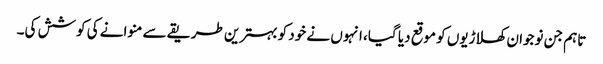
تاہم جن نوجوان کھلاڑیوں کو موقع دیا گیا، انہوں نے خود کو بہترین طریقے سے منوانے کی کوشش کی۔